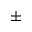
\pm